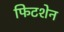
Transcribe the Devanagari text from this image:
फिटशेन